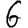
Digit: 6